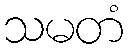
သမတံ